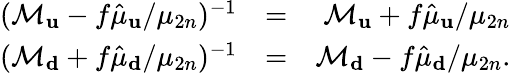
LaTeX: \begin{array}{rlr}{(\mathcal{M}_{\mathbf u}-f\hat{\mu}_{\mathbf u}/\mu_{2n})^{-1}}&{=}&{\mathcal{M}_{\mathbf u}+f\hat{\mu}_{\mathbf u}/\mu_{2n}}\\ {(\mathcal{M}_{\mathbf d}+f\hat{\mu}_{\mathbf d}/\mu_{2n})^{-1}}&{=}&{\mathcal{M}_{\mathbf d}-f\hat{\mu}_{\mathbf d}/\mu_{2n}.}\end{array}